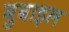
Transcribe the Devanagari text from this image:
मुबाइल